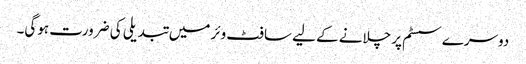
دوسرے سسٹم پر چلانے کے لیے سافٹ وئر میں تبدیلی کی ضرورت ہوگی۔